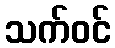
သက်ဝင်